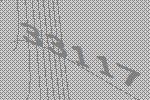
33117